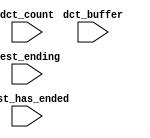
module soc_system_cpu_s1_oci_test_bench (
                                          // inputs:
                                           dct_buffer,
                                           dct_count,
                                           test_ending,
                                           test_has_ended
                                        )
;

  input   [ 29: 0] dct_buffer;
  input   [  3: 0] dct_count;
  input            test_ending;
  input            test_has_ended;


endmodule